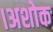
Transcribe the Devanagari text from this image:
।अशोक